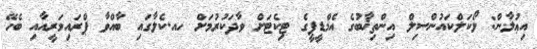
އިޢުލާން: ލޯކަލްކައުންސިލް އިންތިޚާބުގެ އެމްޑީޕީގެ ޓިކެޓަށް ވާދަކުރުމަށް ހއ.ކެލާގައި ބާއްވާ ޕްރައިމަރީއާއި ބެހޭ